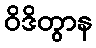
ဝိဒိတွာန